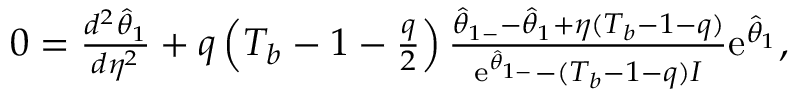
\begin{array} { r } { 0 = \frac { d ^ { 2 } \hat { \theta } _ { 1 } } { d \eta ^ { 2 } } + q \left( T _ { b } - 1 - \frac { q } { 2 } \right) \frac { \hat { \theta } _ { 1 - } - \hat { \theta } _ { 1 } + \eta ( T _ { b } - 1 - q ) } { \mathrm { e } ^ { \hat { \theta } _ { 1 - } } - ( T _ { b } - 1 - q ) I } \mathrm { e } ^ { \hat { \theta } _ { 1 } } , } \end{array}